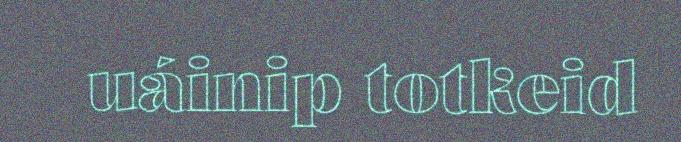
uáinip totkeid